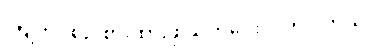
ကြိုတင်စဉ်းစားထားဖို့ သတိပေးလိုက်ပါတယ်။